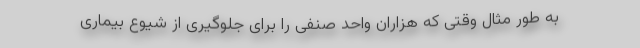
به طور مثال وقتی که هزاران واحد صنفی را برای جلوگیری از شیوع بیماری